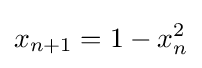
x_{n+1}=1-x_{n}^{2}